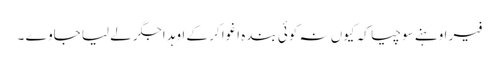
فیر اوہنے سوچیا کہ کیوں نہ کوئی بندہ اغوا کر کے اوہد اجگر لے لیا جاوے ۔